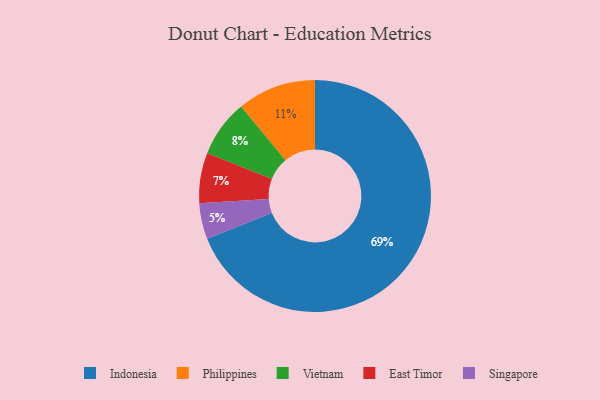
{"axis": {"x": "Category", "y": "Percentage"}, "legend": ["East Timor", "Indonesia", "Philippines", "Singapore", "Vietnam"], "data": [{"x": "Philippines", "y": 11, "type": "Philippines"}, {"x": "Indonesia", "y": 69, "type": "Indonesia"}, {"x": "Singapore", "y": 5, "type": "Singapore"}, {"x": "Vietnam", "y": 8, "type": "Vietnam"}, {"x": "East Timor", "y": 7, "type": "East Timor"}]}